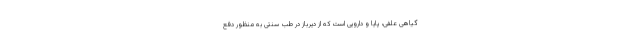
گیاهی علفی، پایا و دارویی است که از دیرباز در طب سنتی به منظور دفع